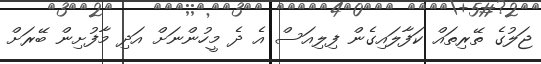
ޖަލުގެ ތޭރިތައް ކަފާލައިގެން ފިލިއަސް އެ ދެ މީހުންނަށް އަދި މާފުށިން ބޭރަށް